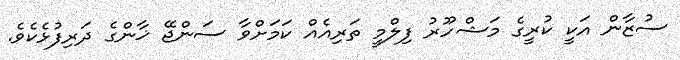
ސުޒާން އަކީ ކުރީގެ މަޝްހޫރު ފިލްމީ ތަރިއެއް ކަމަށްވާ ސަންޖޭ ޚާންގެ ދަރިފުޅެކެވެ.